Leaving Certificate Examination, 1920, 1920
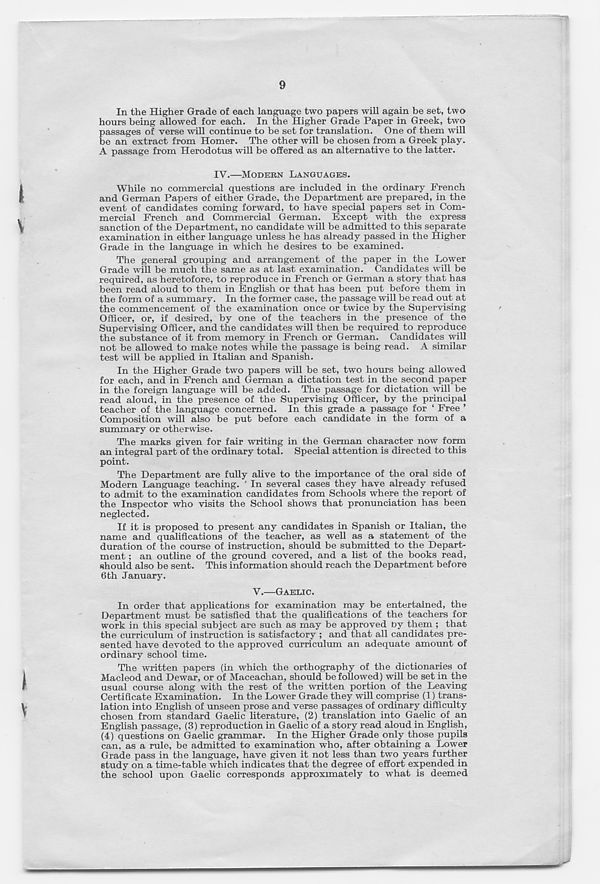
9
In the Higher Grade of each language two papers will again be set, two
hours being allowed for each. In the Higher Grade Paper in Greek, two
passages of verse will continue to be set for translation. One of them will
be an extract from Homer. The other will be chosen from a Greek play.
A passage from Herodotus will be offered as an alternative to the latter.
IV.—MODERN LANGUAGES.
While no commercial questions are included in the ordinary French
and German Papers of either Grade, the Department are prepared, in the
event of candidates coming forward, to have special papers set in Com-
mercial French and Commercial German. Except with the express
sanction of the Department, no candidate will be admitted to this separate
examination in either language unless he has already passed in the Higher
Grade in the language in which he desires to be examined.
The general grouping and arrangement of the paper in the Lower
Grade will be much the same as at last examination. Candidates will be
required, as heretofore, to reproduce in French or German a story that has
been read aloud to them in English or that has been put before them in
the form of a summary. In the former case, the passage will be read out at
the commencement of the examination once or twice by the Supervising
Officer, or, if desired, by one of the teachers in the presence of the
Supervising Officer, and the candidates will then be required to reproduce
the substance of it from memory in French or German. Candidates will
not be allowed to make notes while the passage is being read. A similar
test will be applied in Italian and Spanish.
In the Higher Grade two papers will be set, two hours being allowed
for each, and in French and German a dictation test in the second paper
in the foreign language will be added. The passage for dictation will be
read aloud, in the presence of the Supervising Officer, by the principal
teacher of the language concerned. In this grade a passage for ‘ Free ’
Composition will also be put before each candidate in the form of a
summary or otherwise.
The marks given for fair writing in the German character now form
an integral part of the ordinary total. Special attention is directed to this
point.
The Department are fully alive to the importance of the oral side of
Modern Language teaching. In several cases they have already refused
to admit to the examination candidates from Schools where the report of
the Inspector who visits the School shows that pronunciation has been
neglected.
If it is proposed to present any candidates in Spanish or Italian, the
name and qualifications of the teacher, as well as a statement of the
duration of the course of instruction, should be submitted to the Depart-
ment ; an outline of the ground covered, and a list of the books read,
should also be sent. This information should reach the Department before
6th January.
V.—GAELIC.
In order that applications for examination may be entertained, the
Department must be satisfied that the qualifications of the teachers for
work in this special subject are such as may be approved by them ; that
the curriculum of instruction is satisfactory ; and that all candidates pre-
sented have devoted to the approved curriculum an adequate amount of
ordinary school time.
The written papers (in which the orthography of the dictionaries of
Macleod and Dewar, or of Maceachan, should be followed) will be set in the
usual course along with the rest of the written portion of the Leaving
Certificate Examination. In the Lower Grade they will comprise (1) trans-
lation into English of unseen prose and verse passages of ordinary difficulty
chosen from standard Gaelic literature, (2) translation into Gaelic of an
English passage, (3) reproduction in Gaelic of a story read aloud in English,
(4) questions on Gaelic grammar. In the Higher Grade only those pupils
can, as a rule, be admitted to examination who, after obtaining a Lower
Grade pass in the language, have given it not less than two years further
study on a time-table which indicates that the degree of effort expended in
the school upon Gaelic corresponds approximately to what is deemed